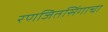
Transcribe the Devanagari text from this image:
रणजितसिंगाचा